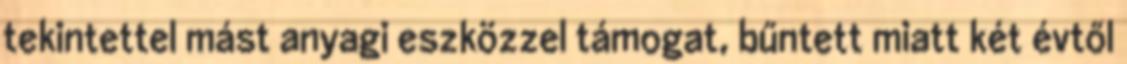
tekintettel mást anyagi eszközzel támogat, bűntett miatt két évtől